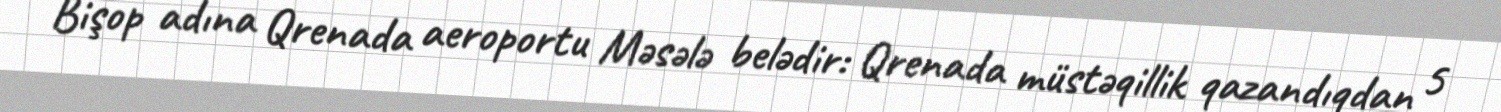
Bişop adına Qrenada aeroportu Məsələ belədir: Qrenada müstəqillik qazandıqdan 5